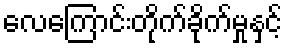
လေကြောင်းတိုက်ခိုက်မှုနှင့်